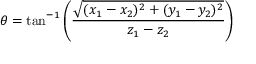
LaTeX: \theta = \tan ^ { - 1 } \left( { \frac { \sqrt { ( x _ { 1 } - x _ { 2 } ) ^ { 2 } + ( y _ { 1 } - y _ { 2 } ) ^ { 2 } } } { z _ { 1 } - z _ { 2 } } } \right)